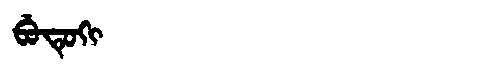
Manchu: ᠪᡠᡨᡠᡴᡳ
Romanization: BUTUKI